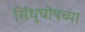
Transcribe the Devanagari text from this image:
सिंधुघोषच्या